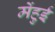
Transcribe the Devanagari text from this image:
मेंहुई